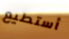
أستطيع